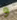
و